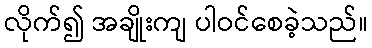
လိုက်၍ အချိုးကျ ပါဝင်စေခဲ့သည်။